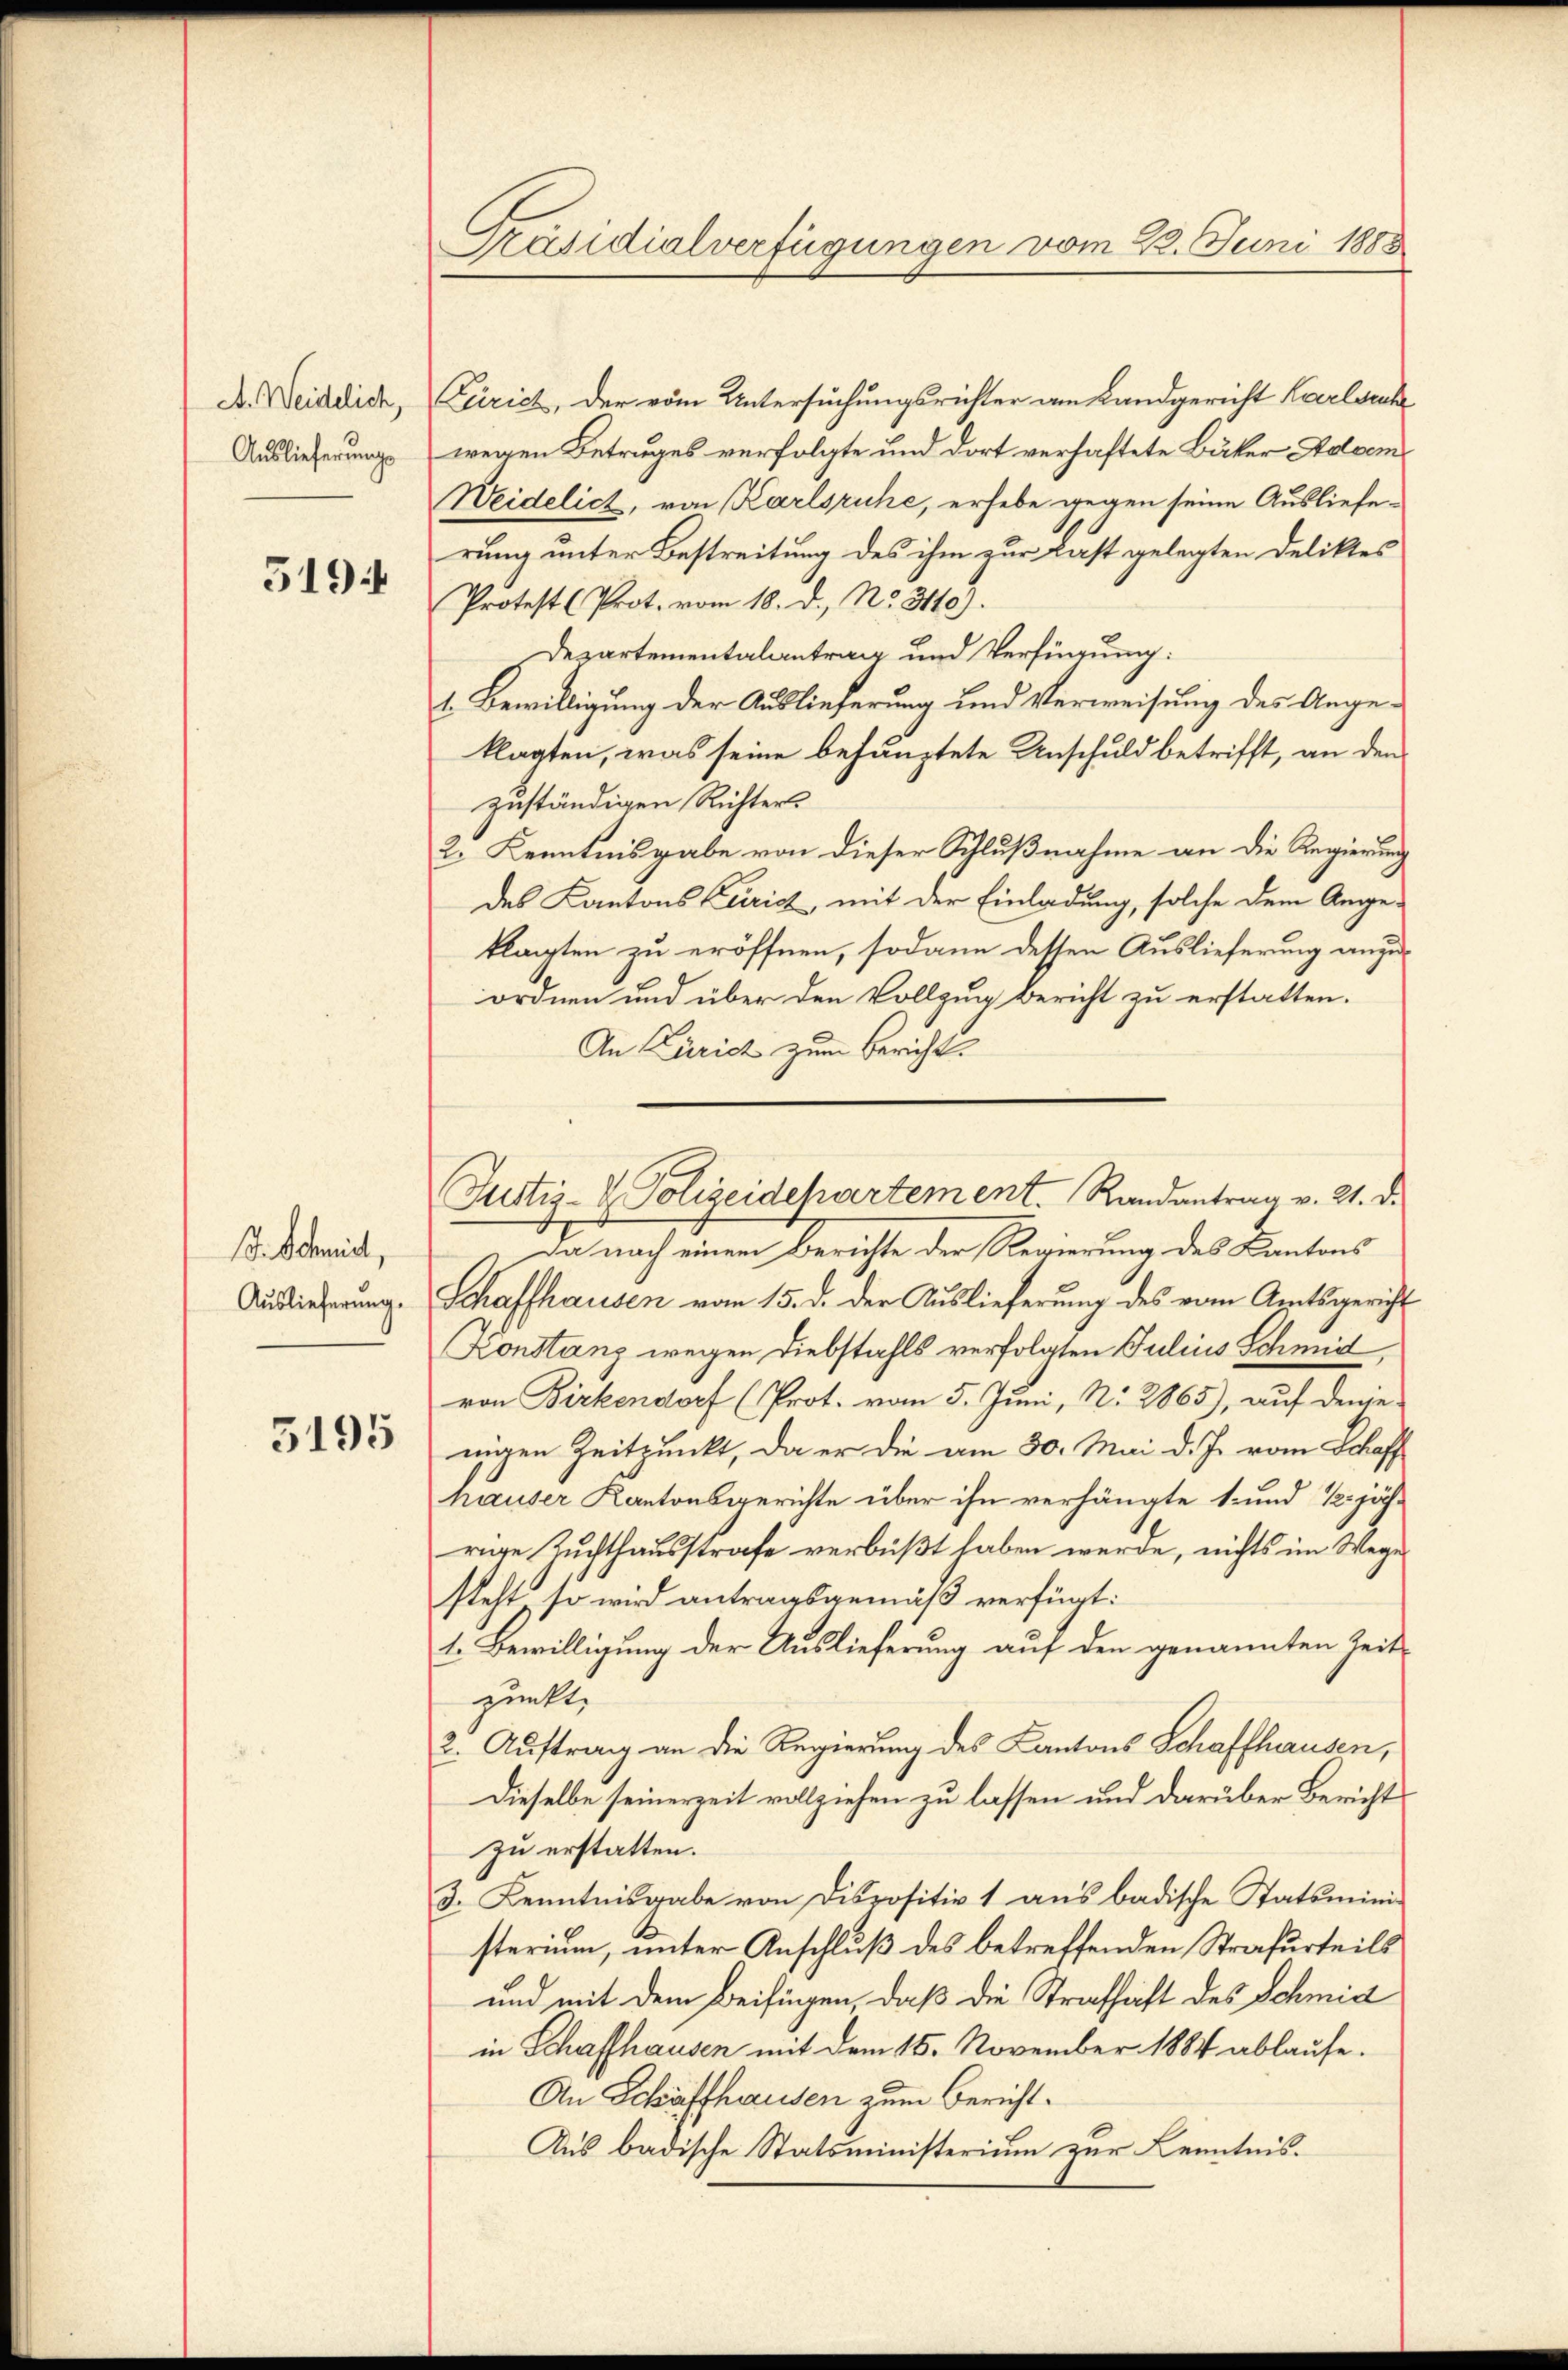
A. Weidelich,
Auslieferungs

5194

d. Schmidt,
Auslieferung.

3195

Präsidialverfügungen vom 23. Juni 1888

Curich, der vom Untersuchungsrichter am Landgericht Karlsruh
wegen Betruges verfolgte und dort verhaftete Bäker Adoem¬
Weidelich, von Karlsruhe, erhebe gegen seine Auslieferung unter Bestreitung des ihm zur Last gelegten Deliktes
Protest (Prot. vom 18. d. No. 3110).
Departementalantrag und Verfügung:
1. Bewilligung der Auslieferung und Verweisung des Angeklagten, was seine behauptete Anschuld betrifft, an den
zuständigen Richters
2. Kenntnisgabe von dieser Schlußnahme an die Regierung
des Kantons Curich, mit der Einladung, solche dem Ange-
klagten zu eröffnen, sodann dessen Auslieferung anzuordnen und über den Vollzug bericht zu erstatten.
An Zürich zum Bericht.
Da nach einem Berichte der Regierung des Kantons
Schaffhausen vom 15. d. der Auslieferung des vom Amtsgericht
Konstanz wegen Diebstahls verfolgten Julius Schmid
von Birkendorf (Prot. vom 5. Juni, N. 2865), auf denje
nigen Zeitpunkt, da er die am 30. Mai d. J. vom Schaff
hauser Kantonsgerichte über ihn verhängte 1 und 12 jährige Zuchthausstrafe verbüßt haben werde, nichts im Wege
steht so wird antragsgemäß verfügt:
t. Bewilligung der Auslieferung auf den genannten Zeit-
punkt,
2. Auftrag an die Regierung des Kantons Schaffhausen,
Dieselbe seinerzeit vollziehen zu lassen und darüber Bericht
zu erstatten.
3. Kenntnisgabe von Dispositiv 1 aus badische Statsmini-
sterium, unter Anschluß des betreffenden Strafurteils
und mit dem Beifügen, daß die Strafhaft des Schmid
in Schaffhausen mit dem 15. November 1884 ablaufe.
An Schaffhausen zum Bericht.
Aus badische Statsministerium zur Kenntnis.

Justiz- & Polizeidepartement. Randantrag v. 21. d.